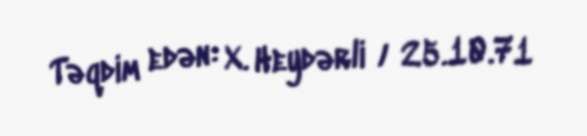
Təqdim edən: X. Heydərli / 25.10.71